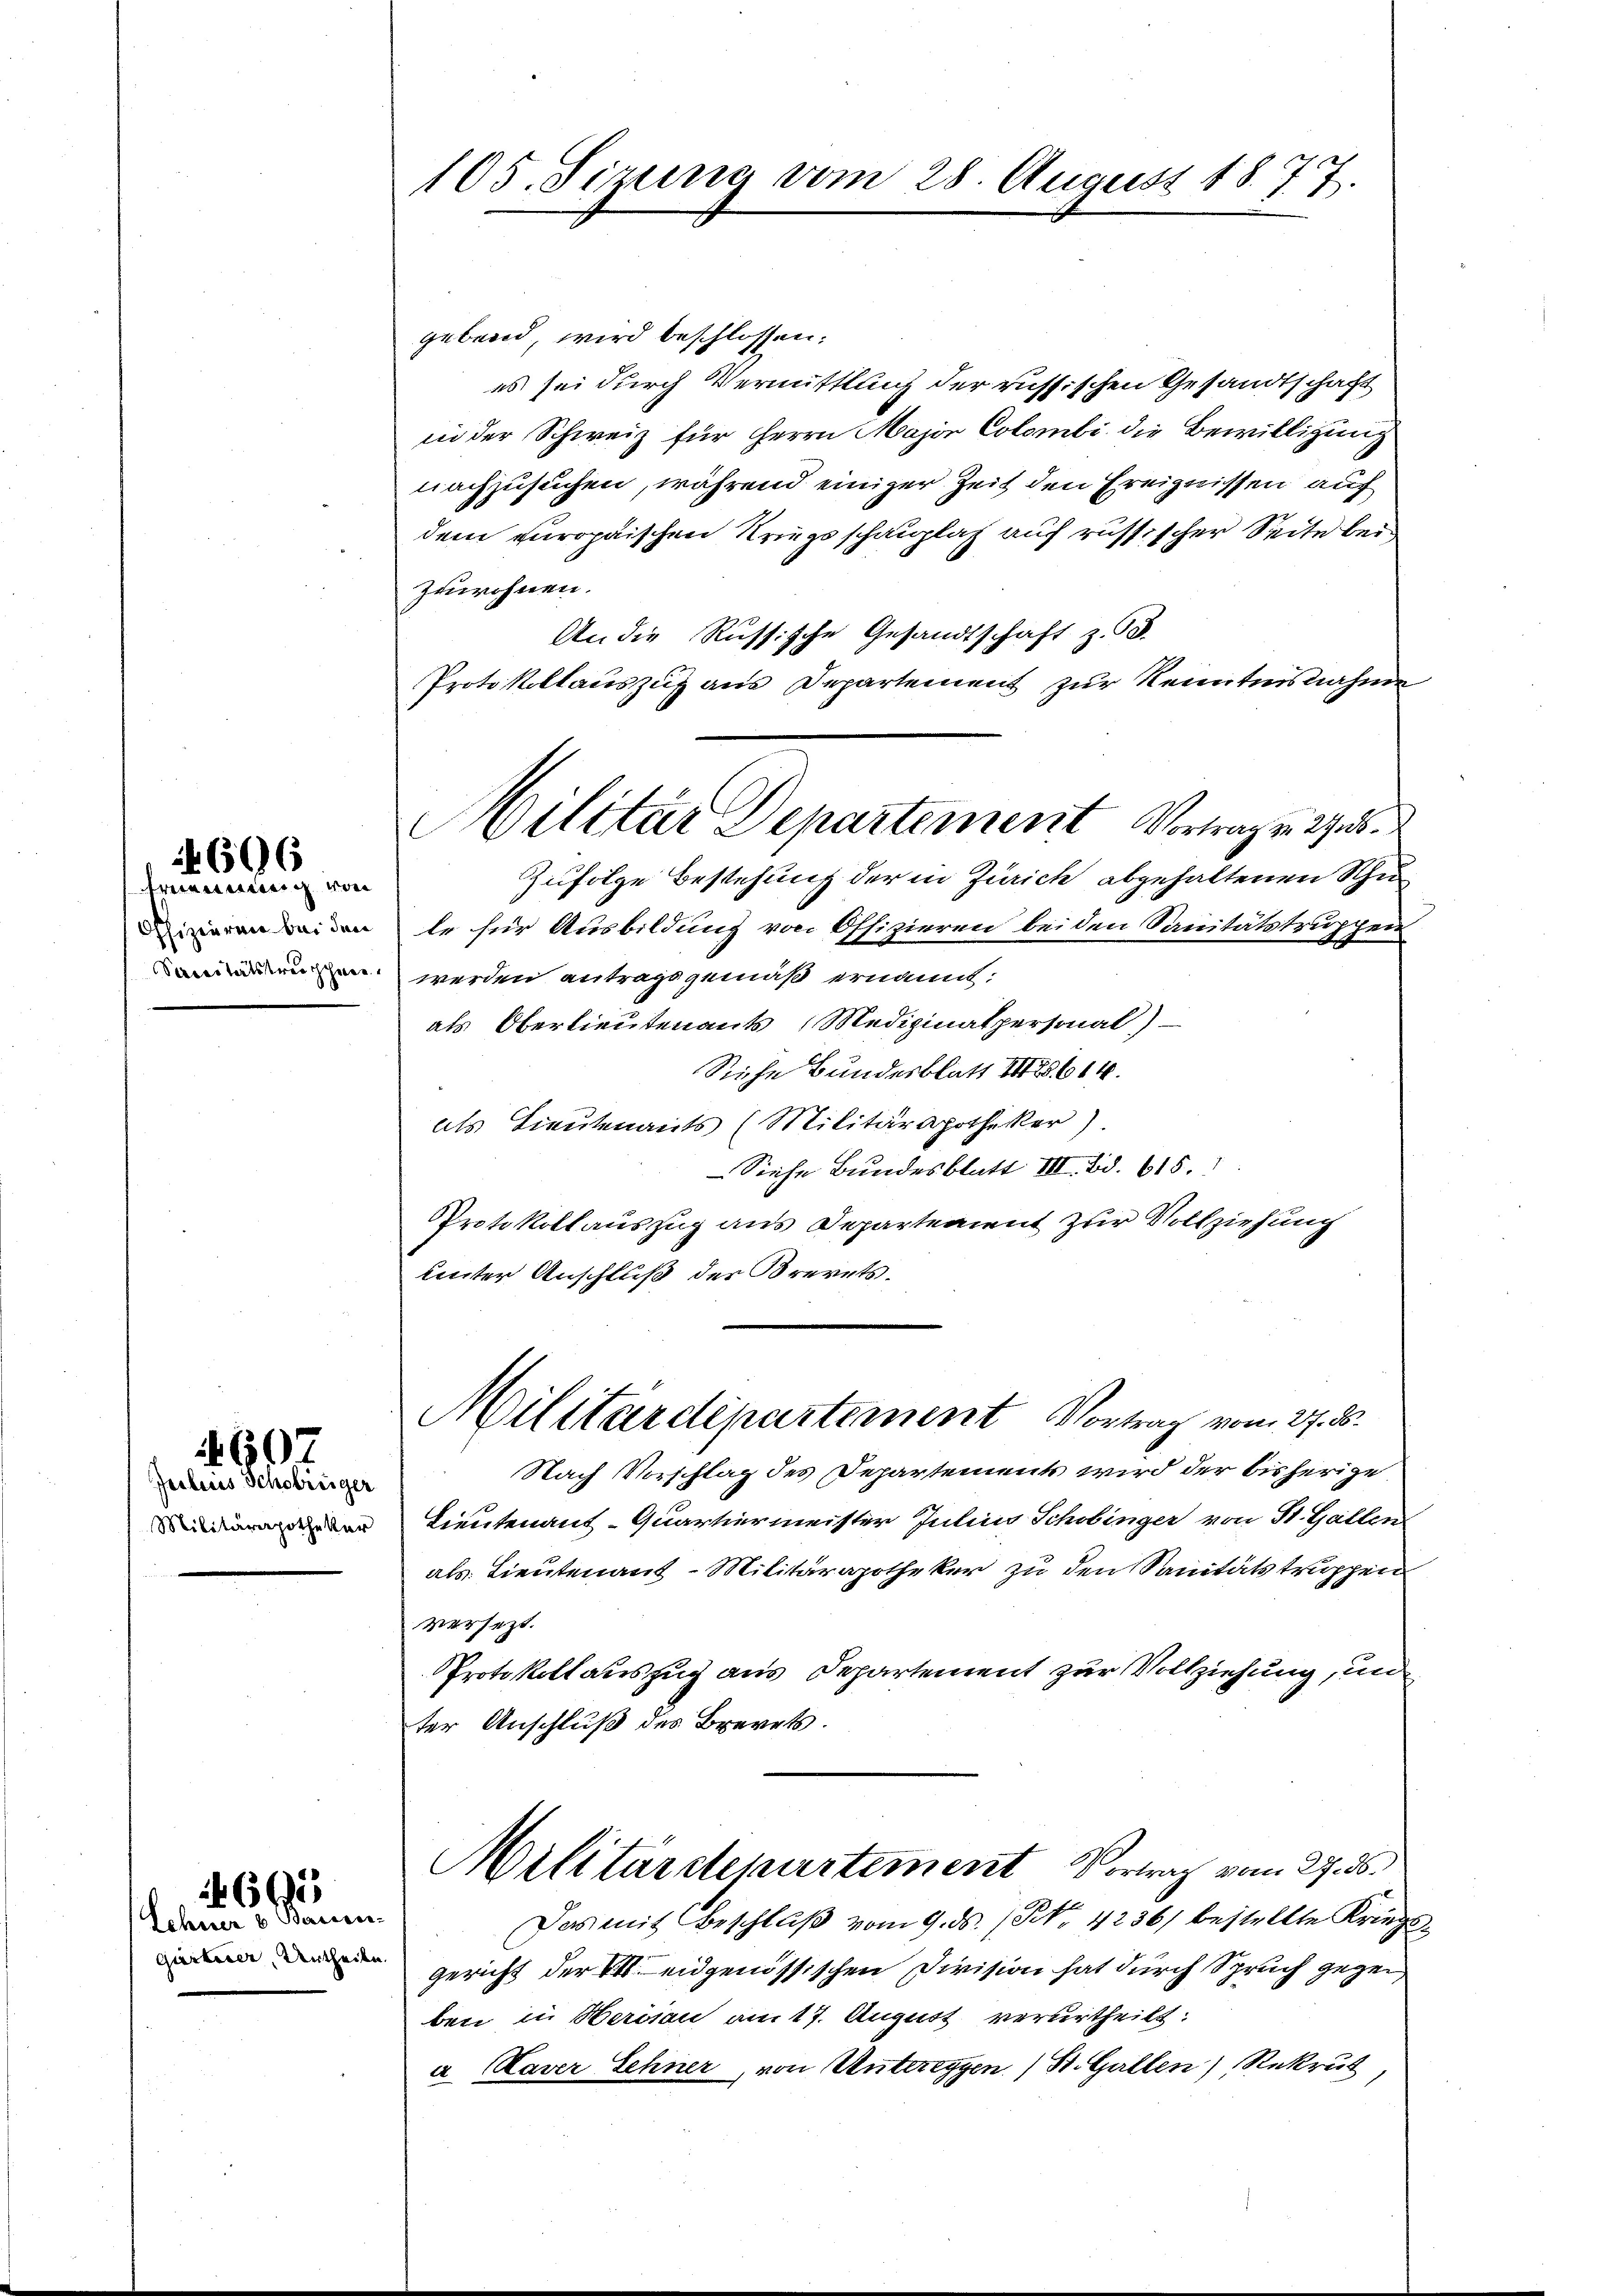
696

ernennung von
Offizieren bei den
Saccitätskreichen

Jesleis Schobriger
Militärapotheker

607

Lehener & Beresser
Gurteier Urtheile

4665

105. Sizung vom 28. August 1877.

ilitär Departement Vortragen Ges.

gebend, wird beschlossen:
es sei durch Vermittlung der russischen Gesandtschaft
in der Schweiz für Herrn Major Colombi die Bewilligung
nachzusuchen, während einiger Zeit den Ereignissen auf
dem europaischen Kriegsschauplat auf russischer Seite bei
zuwohnen.
An die Russische Gesandtschaft z. B.
Protokollauszug aus Departement zur Kenntnisnahme
Zufolge Bestehung der in Zürich abgehaltenen Schu
le für Ausbildung von Offizieren bei den Sanitätstruppen
werden antragsgemäß ernannt:
als Oberlieutenants Medizinalpersonal)
Siche Bundesblatt 188614.
als Lieutenants (Militärapotheker).
Siehe Bundesblatt III. Bd. 615. 1
Protokollauszug aus Departement zur Vollziehung
uinter Anschluß des Brevets.
Militärdepartement Vortrag vom 27. ds.
Nach Vorschlag des Departements wird der bisherige
Lieutenant-Quartiermeister Julius Schobinger von St. Gallen
als Lieutenant-Militärapotheker zu den Sanitätstruppen
versezt.
Protokollauszug aus Departement zur Vollziehung, un
ter Anschluß des Brevets.
Militärdepartement Vortrag vom 27. ds.
Das mit Beschluß vom 9. ds. / NNo. 4236) bestellte Kriegs
gericht der eidgenössischen Division hat durch Spruch gegen
ben in Herisau am 17. August verurtheilt.
u. Caver Sehner, von Untereggen) St. Gallen Rekrut,